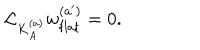
{ \cal L } _ { K _ { A } ^ { ( a ) } } w _ { \mathrm { f l a t } } ^ { ( a ^ { \prime } ) } = 0 .